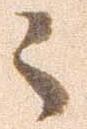
々